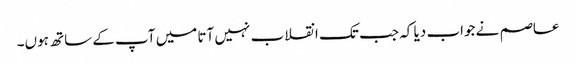
عاصم نے جواب دیا کہ جب تک انقلاب نہیں آتا میں آپ کے ساتھ ہوں۔